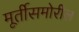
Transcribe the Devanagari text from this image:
मूर्तीसमोरील